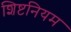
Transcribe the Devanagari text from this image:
शिष्टनियम